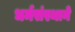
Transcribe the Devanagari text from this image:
धर्मसंस्थाने